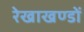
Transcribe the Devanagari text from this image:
रेखाखण्डों